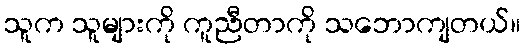
သူက သူများကို ကူညီတာကို သဘောကျတယ်။